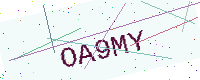
Text: OA9MY